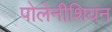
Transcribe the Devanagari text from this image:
पोलेनीशियन